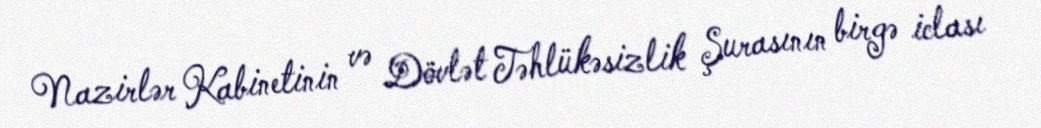
Nazirlər Kabinetinin və Dövlət Təhlükəsizlik Şurasının birgə iclası